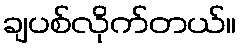
ချပစ်လိုက်တယ်။